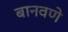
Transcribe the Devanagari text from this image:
बानवणे